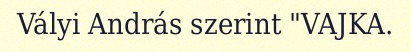
Vályi András szerint "VAJKA.